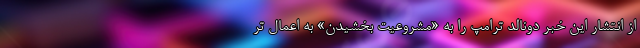
از انتشار این خبر دونالد ترامپ را به «مشروعیت بخشیدن» به اعمال تر